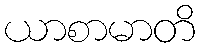
ယာစာမာတိ